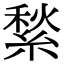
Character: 𦂎